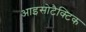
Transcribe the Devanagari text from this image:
आइसोटैक्टिक